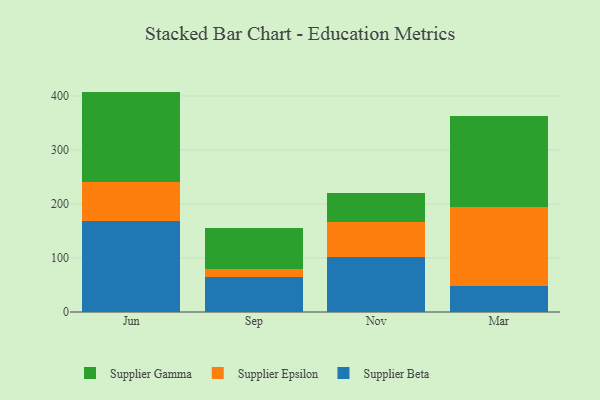
{"axis": {"x": "Month", "y": "Inventory Turnover"}, "legend": ["Supplier Beta", "Supplier Epsilon", "Supplier Gamma"], "data": [{"x": "Jun", "y": 168.1, "type": "Supplier Beta"}, {"x": "Jun", "y": 73.1, "type": "Supplier Epsilon"}, {"x": "Jun", "y": 166.9, "type": "Supplier Gamma"}, {"x": "Sep", "y": 64.2, "type": "Supplier Beta"}, {"x": "Sep", "y": 15.6, "type": "Supplier Epsilon"}, {"x": "Sep", "y": 75.2, "type": "Supplier Gamma"}, {"x": "Nov", "y": 102.3, "type": "Supplier Beta"}, {"x": "Nov", "y": 64.1, "type": "Supplier Epsilon"}, {"x": "Nov", "y": 53.1, "type": "Supplier Gamma"}, {"x": "Mar", "y": 48.5, "type": "Supplier Beta"}, {"x": "Mar", "y": 146.7, "type": "Supplier Epsilon"}, {"x": "Mar", "y": 167.4, "type": "Supplier Gamma"}]}